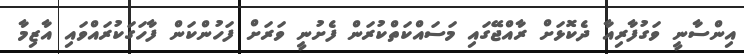
އިންސާނީ ވަގުފާރިއާ ދެކޮޅަށް ރާއްޖޭގައި މަސައްކަތްކުރަން ފެށުނީ ވަރަށް ފަހުންކަން ފާހަގަކުރައްވައި އާޒިމާ